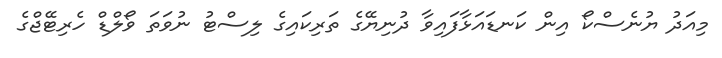
މިއަދު ޔުނެސްކޯ އިން ކަނޑައަޅާފައިވާ ދުނިޔޭގެ ތަރިކައިގެ ލިސްޓު ނުވަތަ ވޯލްޑް ހެރިޓޭޖްގެ